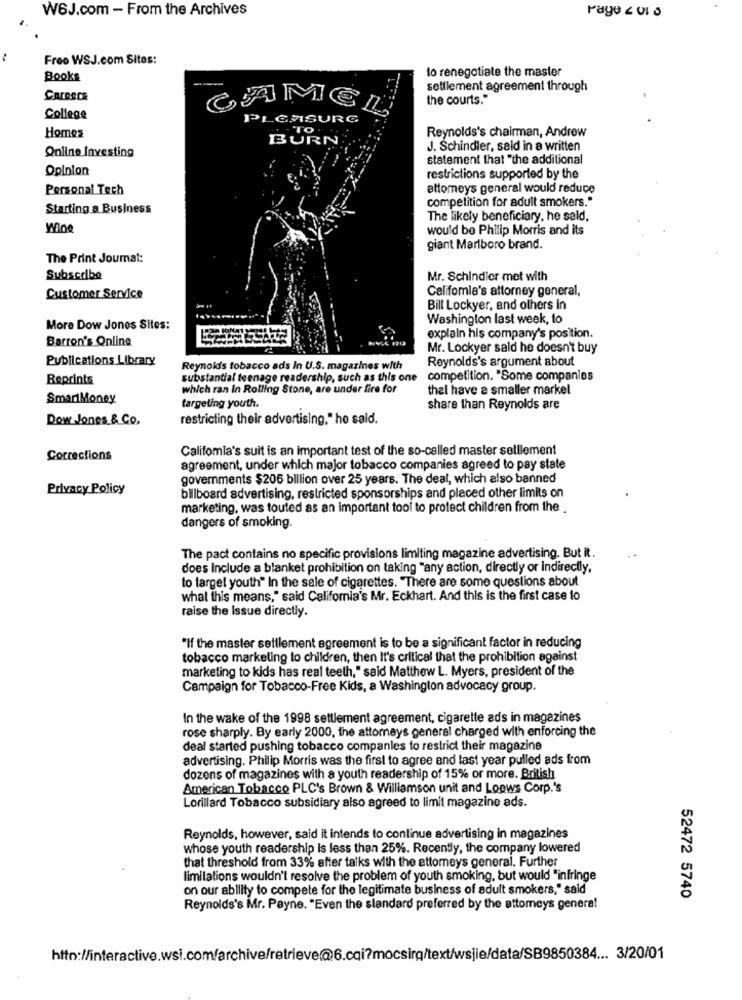
W6J.com - From the Archives
Freo WSJ.com Sites:
lo renegotiate the master
Books
settlement agreement through
Carescs
the courts."
CAMEL
College
PLEASURE
Homes
BURN
Reynolds's chairman, Andrew
J. Schindler, said in a written
Online Investing
statement that "the additional
Opinion
restrictions supported by the
Personal Tech
attomeys general would reduce
competition for adult smokers."
Starting a Business
The likely beneficiary, he said,
Wine
would be Philip Morris and its
giant Marlboro brand.
The Print Journal:
Subscribe
Mr. Schindler met with
California's attorney general,
Customer Service
Bill Lockyer, and others in
Washington last week, to
More Dow Jones Sites:
Barron's Online
explain his company's position.
Mr. Lockyer said he doesn't buy
Publications Library
Reynolds's argument about
Reynolds tobacco ads In U.S. magazines with
Reprints
substantial teenage readership, such as this one
competition. "Some companies
which ran In Rolling Stone, are under fire for
thal have a smaller markel
SmartMoney
targeting youth.
share than Reynolds are
Dow Jones & Co.
restricting their advertising," he said.
Califomia's suit is an important test of the so-called master selllement
Corrections
agreement, under which major tobacco companies agreed to pay state
governments $206 billion over 25 years. The deal, which also banned
Privacy Policy
billboard advertising, restricted sponsorships and placed other limits on
marketing, was touted as an important tool to protect children from the .
dangers of smoking.
The pact contains no specific provisions limiting magazine advertising. But it.
does Include a blanket prohibition on taking "any action, directly or indirectly,
to target youth" In the sale of cigarettes. "There are some questions about
what this means," said California's Mr. Eckhart. And this is the first case lo
raise the Issue directly.
"If the master settlement agreement is to be a significant factor in reducing
tobacco marketing to children, then It's critical that the prohibition against
marketing to kids has real teeth," said Matthew L. Myers, president of the
Campaign for Tobacco-Free Kids, a Washington advocacy group.
In the wake of the 1998 settlement agreement, cigarette ads in magazines
rose sharply. By early 2000, the attorneys general charged with enforcing the
deal started pushing tobacco companies to restrict their magazine
advertising. Philip Morris was the first to agree and last year pulled ads from
dozens of magazines with a youth readership of 15% or more. British
American Tobacco PLC's Brown & Williamson unit and Loews Corp.'s
Lorillard Tobacco subsidiary also agreed to limit magazine ads.
Reynolds, however, said it intends to continue advertising in magazines
whose youth readership is less than 25%. Recently, the company lowered
that threshold from 33% after talks with the attorneys general. Further
limitations wouldn't resolve the problem of youth smoking, but would "infringe
on our ability to compete for the legitimate business of adult smokers," said
52472 5740
Reynolds's Mr. Payne. "Even the standard preferred by the attorneys genera!